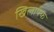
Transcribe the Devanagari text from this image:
खिलापफ